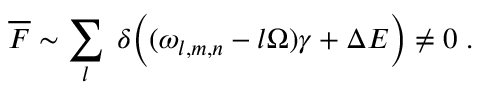
\overline { { { \cal F } } } \sim \sum _ { l } \; \delta \biggl ( ( \omega _ { l , m , n } - l \Omega ) \gamma + \Delta E \biggr ) \neq 0 \; .